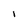
Character: I